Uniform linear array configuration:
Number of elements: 32
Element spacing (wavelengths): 1
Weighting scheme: binomial
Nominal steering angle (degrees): -30
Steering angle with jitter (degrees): -31.962
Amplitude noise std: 0.05
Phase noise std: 0.05

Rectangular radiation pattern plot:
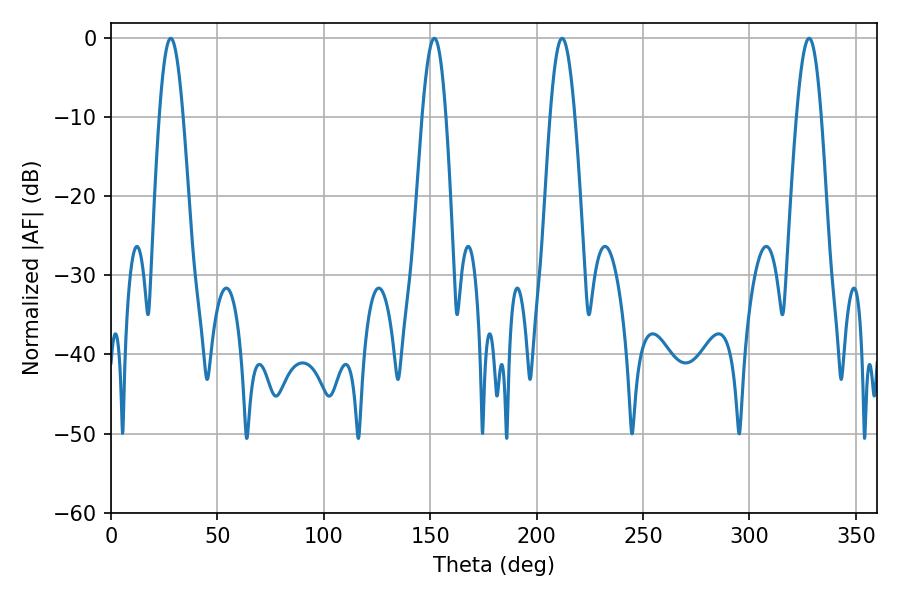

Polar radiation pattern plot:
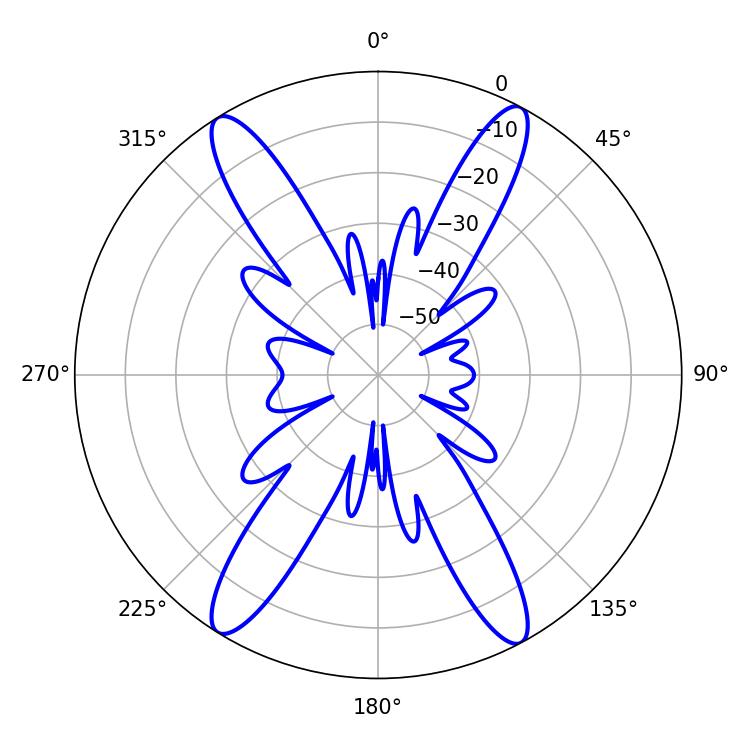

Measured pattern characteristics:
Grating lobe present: TRUE
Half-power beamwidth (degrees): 5.94
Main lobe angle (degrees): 28.08